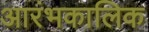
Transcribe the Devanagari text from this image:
आरंभकालिक